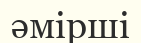
әмірші